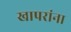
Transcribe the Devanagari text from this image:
खापरांना